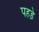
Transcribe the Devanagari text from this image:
पहड़े